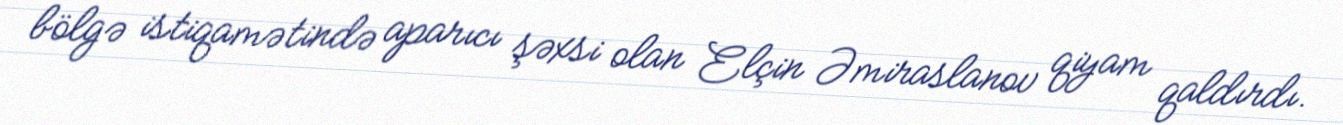
bölgə istiqamətində aparıcı şəxsi olan Elçin Əmiraslanov qiyam qaldırdı.